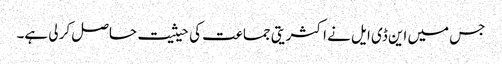
جس میں این ڈی ایل نے اکثریتی جماعت کی حیثیت حاصل کر لی ہے۔